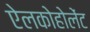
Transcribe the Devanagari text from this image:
ऐलकोहोलेंट